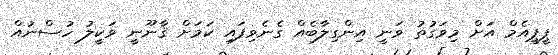
ޕީޕީއެމް އަށް މިވަގުތު ވަނީ އިންގިލާބެއް ގެނެވިފައި ކަމަށް ޤާނޫނީ ވަކީލު ހުސްނުއް